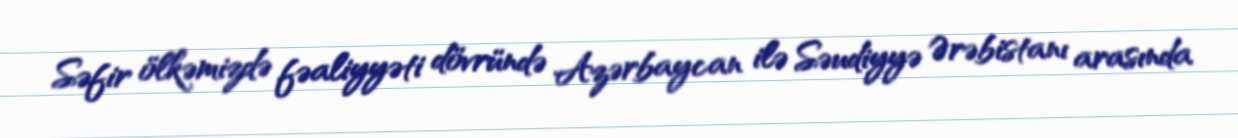
Səfir ölkəmizdə fəaliyyəti dövründə Azərbaycan ilə Səudiyyə Ərəbistanı arasında